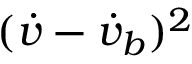
( \dot { v } - \dot { v } _ { b } ) ^ { 2 }